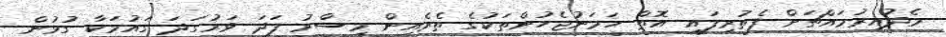
މެދުއިރުމައްޗަށް ފެތުރިފައި އޮތް ހަމަނުޖެހުންތަކުގެ ތެރެއިން މިސްރު ފަދަ ވަރުގަދަ ގައުމަކާ ގުޅުން